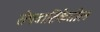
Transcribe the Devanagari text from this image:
रोपवाटिकेतील